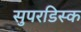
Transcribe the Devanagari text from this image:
सुपरडिस्क